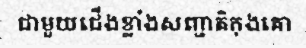
ជាមួយជើងខ្លាំងសញ្ជាតិកុងគោ